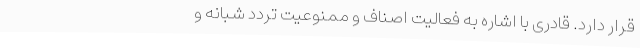
قرار دارد. قادری با اشاره به فعالیت اصناف و ممنوعیت تردد شبانه و